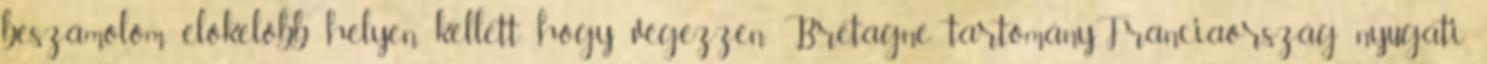
beszámolóm előkelőbb helyen kellett hogy végezzen. Bretagne tartomány,Franciaország nyugati